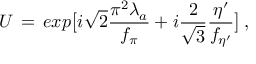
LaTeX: U \, = \, e x p \bigl [ i \sqrt { 2 } { \frac { \pi ^ { 2 } \lambda _ { a } } { f _ { \pi } } } + i { \frac { 2 } { \sqrt { 3 } } } { \frac { \eta ^ { \prime } } { f _ { \eta ^ { \prime } } } } \bigr ] \, ,